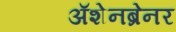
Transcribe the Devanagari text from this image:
ॲशेनब्रेनर